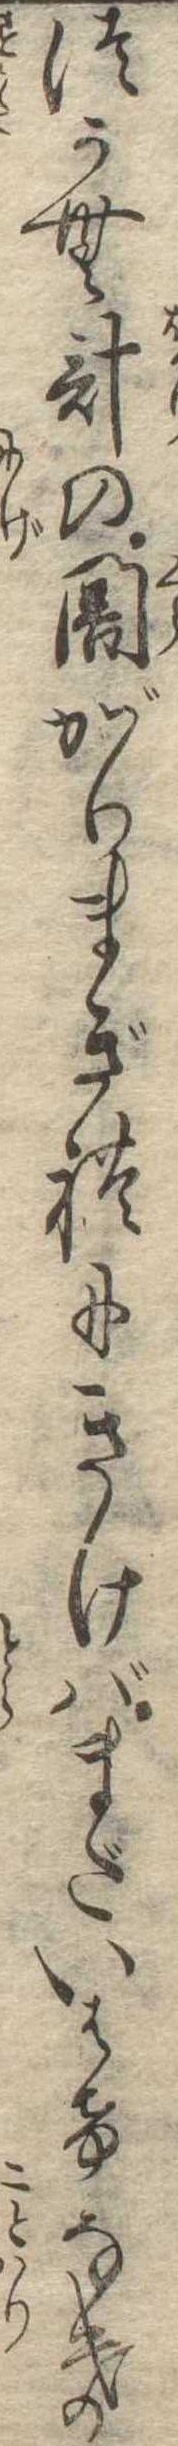
つかむ計の闇がりまぎれにきけばまだいはけなき